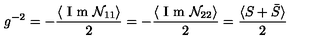
g ^ { - 2 } = - \frac { \langle \textrm { I m } \mathcal { N } _ { 1 1 } \rangle } { 2 } = - \frac { \langle \textrm { I m } \mathcal { N } _ { 2 2 } \rangle } { 2 } = \frac { \langle S + \bar { S } \rangle } { 2 }